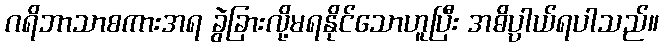
ဂရိဘာသာစကားအရ ခွဲခြားလို့မရနိုင်သောဟူပြီး အဓိပ္ပါယ်ရပါသည်။